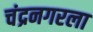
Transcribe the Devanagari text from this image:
चंद्रनगरला